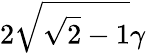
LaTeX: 2\sqrt{\sqrt{2}-1}\gamma